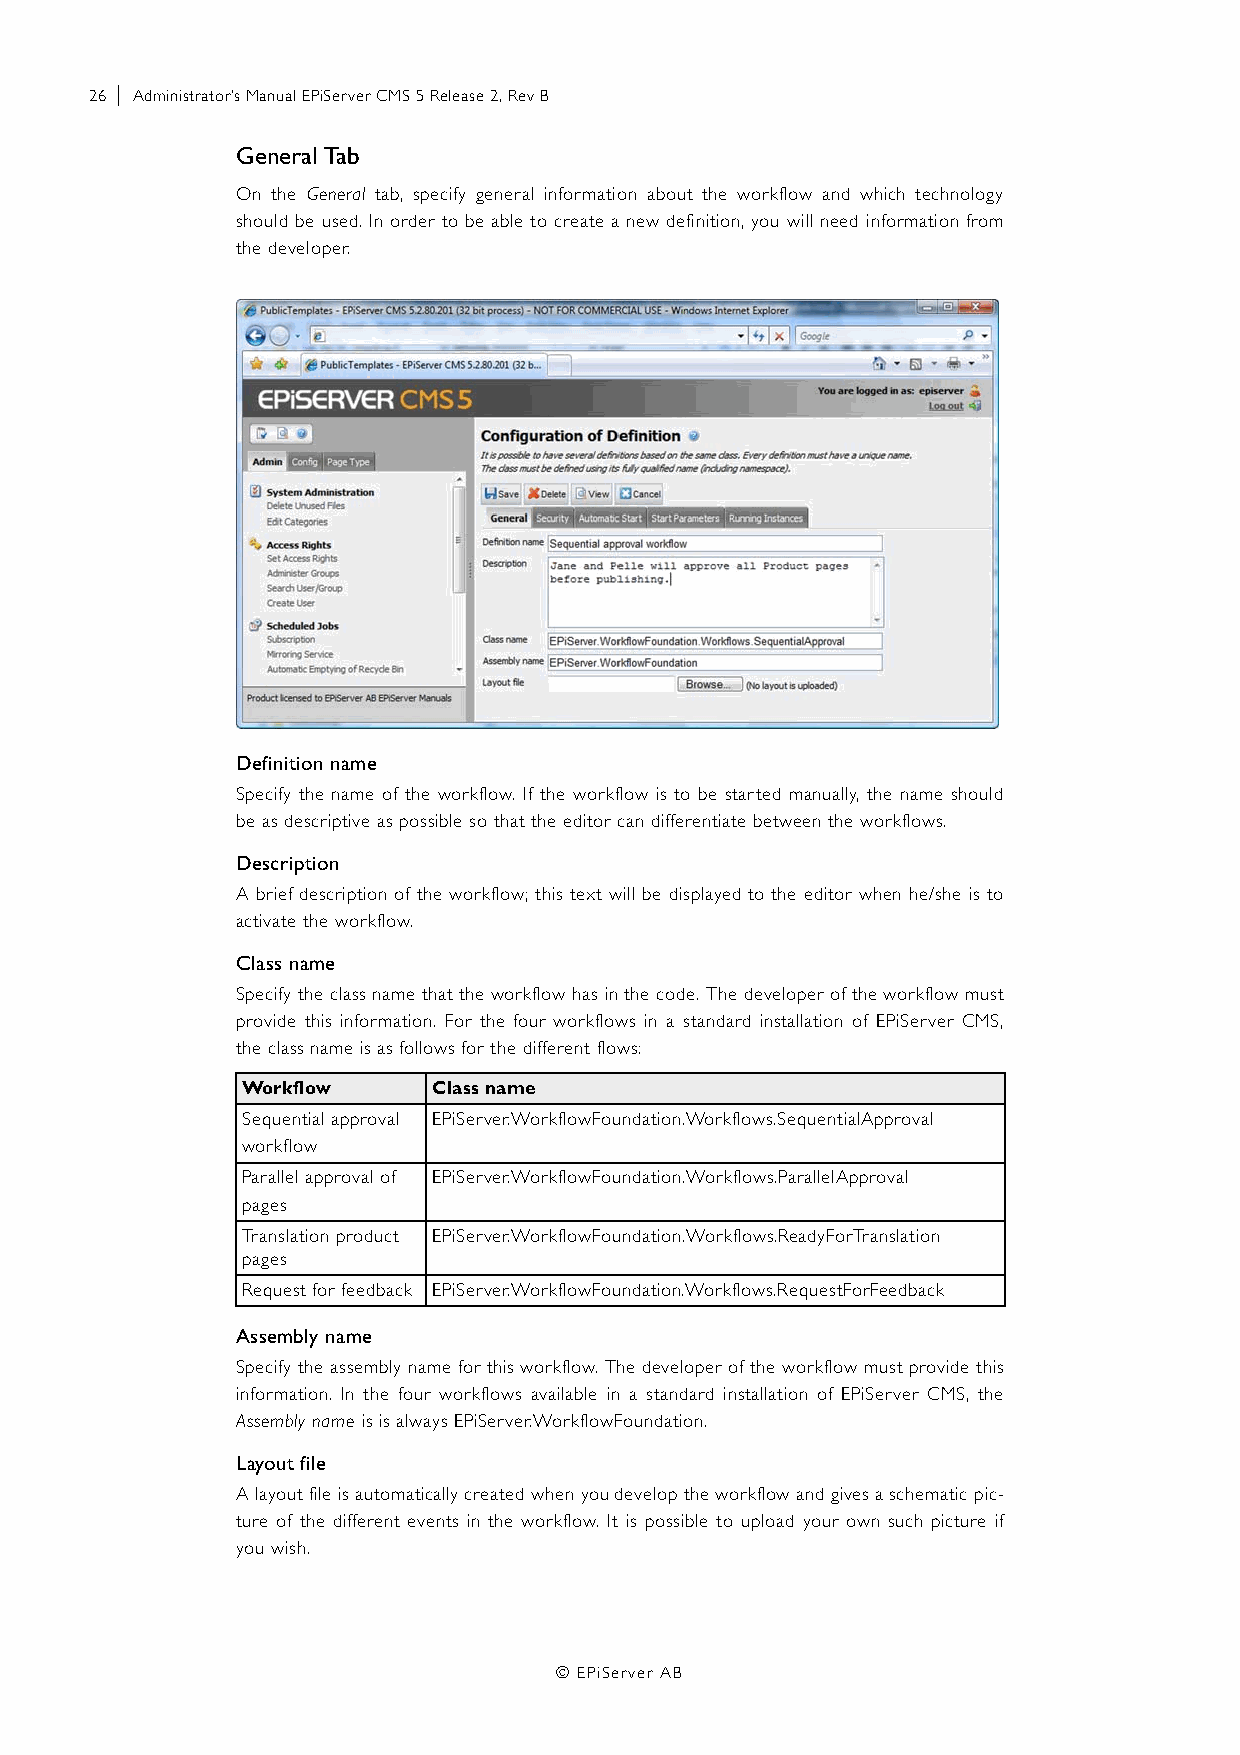
26 | Administrator’s Manual EPiServer CMS 5 Release 2, Rev B
 General Tab
 On the General tab, specify general information about the workflow and which technology
 should be used. In order to be able to create a new definition, you will need information from
 the developer.
 Definition name
 Specify the name of the workflow. If the workflow is to be started manually, the name should
 be as descriptive as possible so that the editor can differentiate between the workflows.
 Description
 A brief description of the workflow; this text will be displayed to the editor when he/she is to
 activate the workflow.
 Class name
 Specify the class name that the workflow has in the code. The developer of the workflow must
 provide this information. For the four workflows in a standard installation of EPiServer CMS,
 the class name is as follows for the different flows:
 Workflow     Class name
 Sequential approval EPiServer.WorkflowFoundation.Workflows.SequentialApproval
 workflow
 Parallel approval of EPiServer.WorkflowFoundation.Workflows.ParallelApproval
 pages
 Translation product EPiServer.WorkflowFoundation.Workflows.ReadyForTranslation
 pages
 Request for feedback EPiServer.WorkflowFoundation.Workflows.RequestForFeedback
 Assembly name
 Specify the assembly name for this workflow. The developer of the workflow must provide this
 information. In the four workflows available in a standard installation of EPiServer CMS, the
 Assembly name is is always EPiServer.WorkflowFoundation.
 Layout file
 A layout file is automatically created when you develop the workflow and gives a schematic pic-
 ture of the different events in the workflow. It is possible to upload your own such picture if
 you wish.
 © EPiServer AB